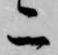
二